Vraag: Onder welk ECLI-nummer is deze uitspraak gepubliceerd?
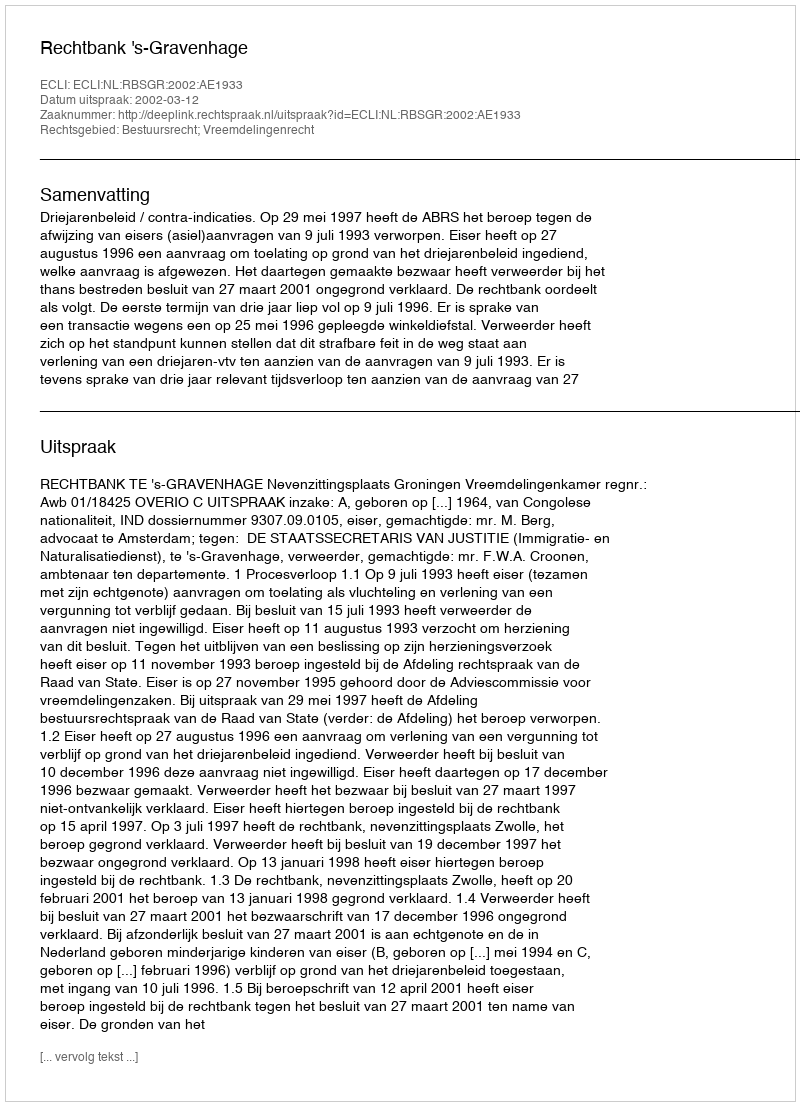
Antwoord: ECLI:NL:RBSGR:2002:AE1933